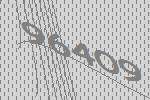
96409